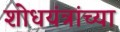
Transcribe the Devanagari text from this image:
शोधयंत्रांच्या